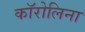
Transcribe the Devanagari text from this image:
काॅरोलिना